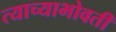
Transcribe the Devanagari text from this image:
त्याच्याभोवतीं